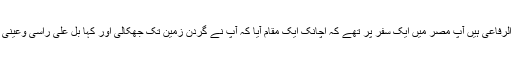
اس سلسلہ کے بانی شیخ السید احمد الرفاعی ہیں آپ مصر میں ایک سفر پر تھے کہ اچانک ایک مقام آیا کہ آپ نے گردن زمین تک جھکالی اور کہا بل علی راسی وعینی میرے سر اور آنکھوں پر بھی ہے۔